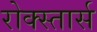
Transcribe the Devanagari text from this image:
रोक्स्तार्स